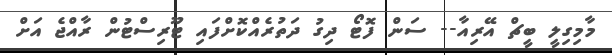
މާމިގިލީ ބީޗް އޭރިއާ-- ސަން ފޮޓޯ ދިގު ދަތުރެއްކޮށްފައި ޓޫރިސްޓުން ރާއްޖެ އަށް